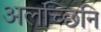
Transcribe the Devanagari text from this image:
अलच्छिनि